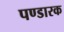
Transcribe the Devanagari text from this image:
पण्डारक